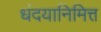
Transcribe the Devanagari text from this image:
धंदयानिमित्त्‍ा